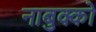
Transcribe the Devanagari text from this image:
नाबुक्को